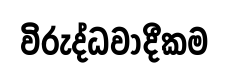
විරුද්ධවාදීකම